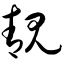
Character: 靓